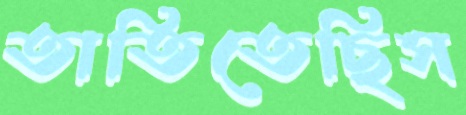
তাতিতেছিস